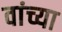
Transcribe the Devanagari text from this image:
वांच्या